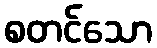
စတင်သော